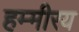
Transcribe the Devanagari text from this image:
हम्मीरय